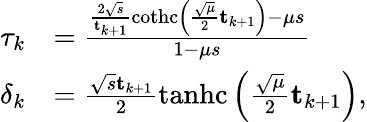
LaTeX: \begin{array}{rl}{\tau_{k}}&{=\frac{\frac{2\sqrt{s}}{\mathbf{t}_{k+1}}\operatorname{cothc}\left(\frac{\sqrt{\mu}}{2}\mathbf{t}_{k+1}\right)-\mu s}{1-\mu s}}\\ {\delta_{k}}&{=\frac{\sqrt{s}\mathbf{t}_{k+1}}{2}\operatorname{tanhc}\left(\frac{\sqrt{\mu}}{2}\mathbf{t}_{k+1}\right),}\end{array}